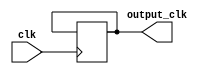
module freq_synthesizer (
    input wire clk,
    output wire [7:0] output_clk
);

reg [3:0] counter;
wire [7:0] synchronized_clk;

always @(posedge clk) begin
    if (counter == 8'b1111) begin
        counter <= 4'b0000;
        output_clk <= synchronized_clk;
    end else begin
        counter <= counter + 1;
    end
end

assign synchronized_clk = output_clk;

endmodule